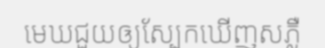
មេឃជួយឲ្យស្បែកឃើញសភ្លឺ